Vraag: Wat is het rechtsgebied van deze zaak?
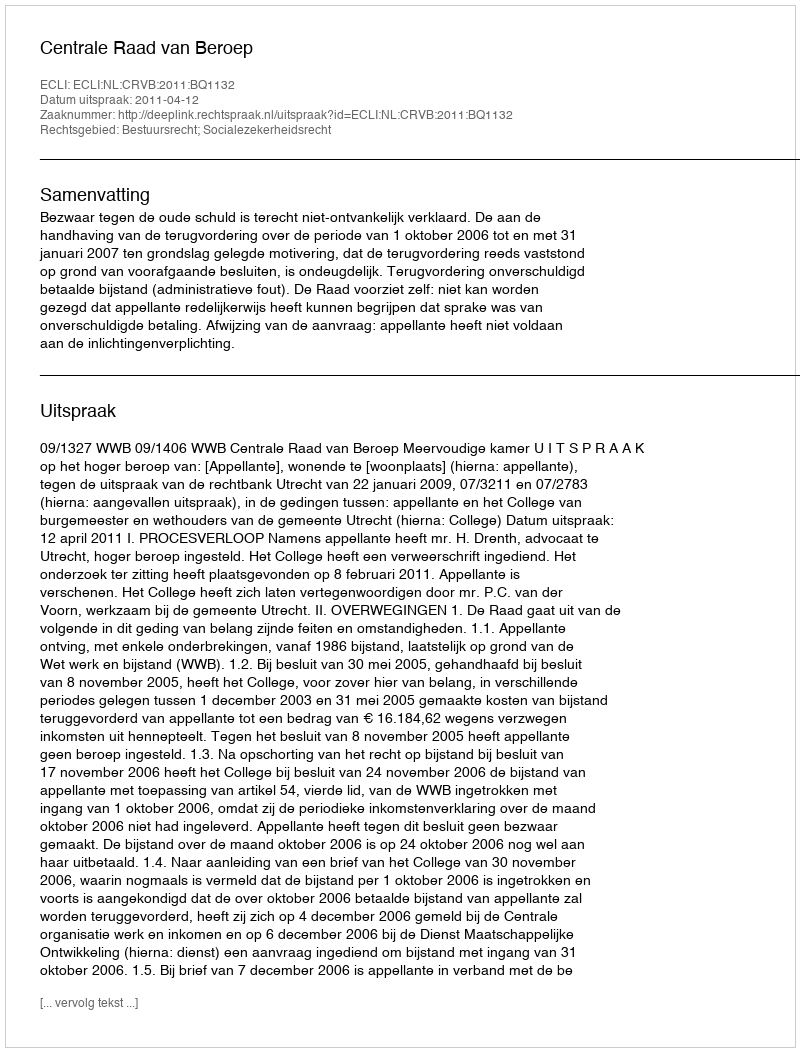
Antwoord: Bestuursrecht; Socialezekerheidsrecht